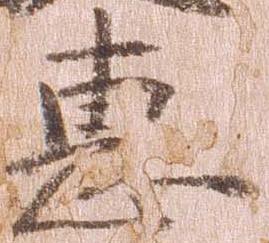
恵